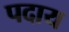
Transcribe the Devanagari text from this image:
पदाय